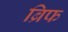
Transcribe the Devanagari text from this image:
ब्रिफ